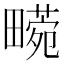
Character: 𤳙